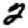
Digit: 2